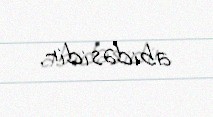
abidəsidir.